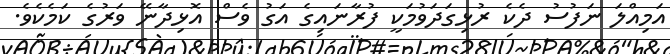
އަމިއްލަ ނަފުސު ދެކެ ރުޅިގަދަވުމަކީ ފުރާނައިގެ އަގު ވެސް އޮޅިދާނޭ ވަރުގެ ކަމެކެވެ.